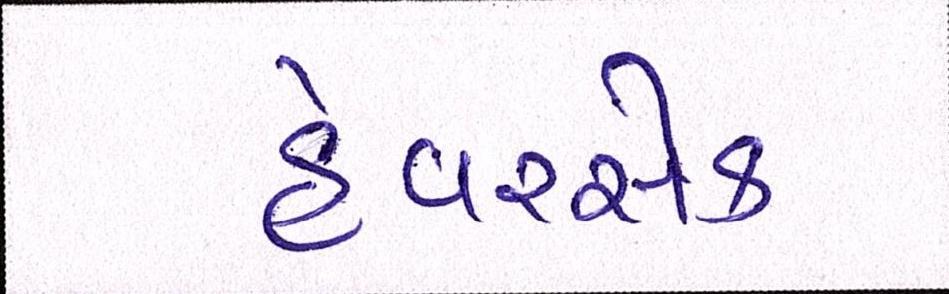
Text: હેવરસેક